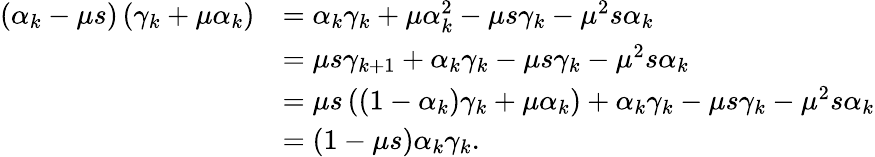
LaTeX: \begin{array}{rl}{\left(\alpha_{k}-\mu s\right)\left(\gamma_{k}+\mu\alpha_{k}\right)}&{=\alpha_{k}\gamma_{k}+\mu\alpha_{k}^{2}-\mu s\gamma_{k}-\mu^{2}s\alpha_{k}}\\ &{=\mu s\gamma_{k+1}+\alpha_{k}\gamma_{k}-\mu s\gamma_{k}-\mu^{2}s\alpha_{k}}\\ &{=\mu s\left(\left(1-\alpha_{k}\right)\gamma_{k}+\mu\alpha_{k}\right)+\alpha_{k}\gamma_{k}-\mu s\gamma_{k}-\mu^{2}s\alpha_{k}}\\ &{=(1-\mu s)\alpha_{k}\gamma_{k}.}\end{array}